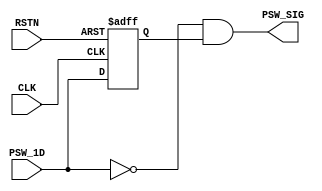
/*------------------------------------------------------------------------------
--      File Name = key_module.v                                              --
--                                                                            --
--      Design    = Key Module                                                --
--                                                                            --
--      Revision  = 1.0         Date: 2012.3.22                               --
------------------------------------------------------------------------------*/  

module key_module(
 //input
 CLK, RSTN,
 PSW_1D,

 //output
 PSW_SIG
);

//------ input ------------------------------------------------
input  CLK, RSTN, PSW_1D;

//------ output -----------------------------------------------
output PSW_SIG;

//------ reg --------------------------------------------------
reg  PSW_2D;
reg  [1:0] PSW_DIFF;
reg  [18:0] PSW_COUNT;


wire  PSW_SIG;

	always@( posedge CLK or negedge RSTN) begin
		if( !RSTN )begin
    		PSW_2D <= 1'b0;
		end
		else begin
    		PSW_2D <= PSW_1D;
		end
	end

      assign  PSW_SIG = ~PSW_1D & PSW_2D  ;

endmodule